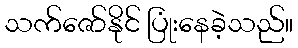
သက်ဇော်နိုင် ပြုံးနေခဲ့သည်။